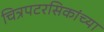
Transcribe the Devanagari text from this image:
चित्रपटरसिकांच्या